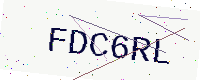
Text: FDC6RL